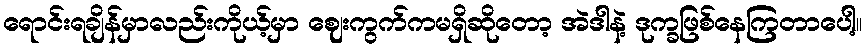
ရောင်းရချိန်မှာလည်းကိုယ့်မှာ ဈေးကွက်ကမရှိဆိုတော့ အဲဒါနဲ့ ဒုက္ခဖြစ်နေကြတာပေါ့။